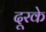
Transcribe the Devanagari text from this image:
दूरके